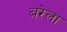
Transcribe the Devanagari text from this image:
बरेला